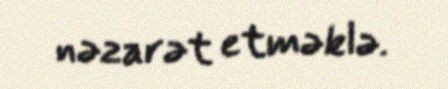
nəzarət etməklə.